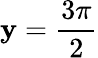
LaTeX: \mathbf{y}=\frac{{3\pi}}{{2}}